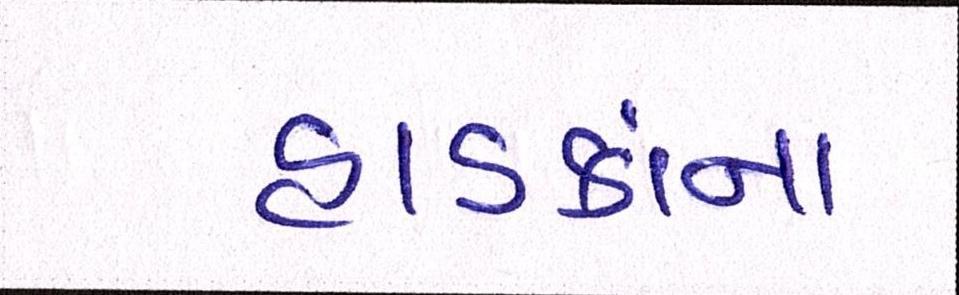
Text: હાડકાંના